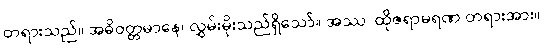
တရားသည်။ အဓိဝတ္တမာနေ၊ လွှမ်းမိုးသည်ရှိသော်။ အဿ၊ ထိုဇရာမရဏ တရားအား။